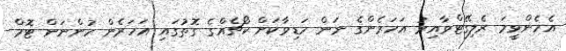
އެހެންވީމަ ރެލިގޭޓްވާއިރު އަހަރެންގެ ނަން ހަޑިވާކަށް ކޯޗެއްގެ ގޮތުގައި އަހަރެން ހުންނަން ޓޮމް